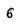
Character: 6